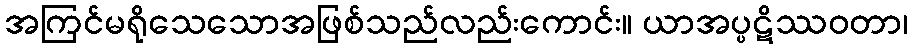
အကြင်မရိုသေသောအဖြစ်သည်လည်းကောင်း။ ယာအပ္ပဋိဿဝတာ၊